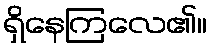
ရှိနေကြလေ၏။